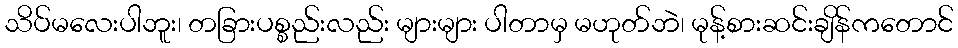
သိပ်မလေးပါဘူး၊ တခြားပစ္စည်းလည်း များများ ပါတာမှ မဟုတ်ဘဲ၊ မုန့်စားဆင်းချိန်ကတောင်